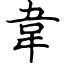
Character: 韋